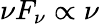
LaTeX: \nu F_{\nu}\propto\nu